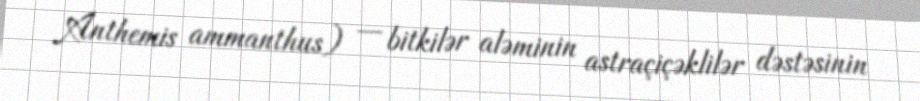
Anthemis ammanthus) — bitkilər aləminin astraçiçəklilər dəstəsinin